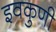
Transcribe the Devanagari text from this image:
इवकुणी